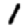
Digit: 1